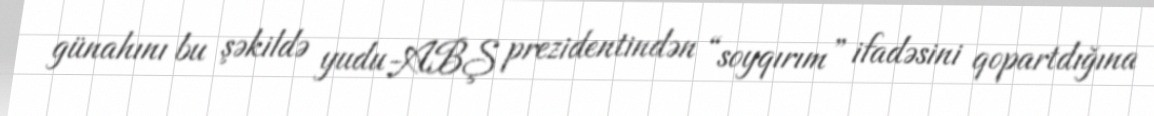
günahını bu şəkildə yudu-ABŞ prezidentindən “soyqırım” ifadəsini qopartdığına